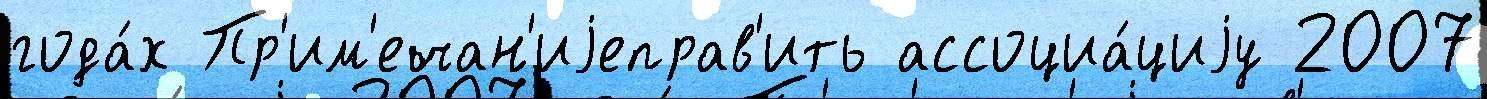
года́х Пр'им'ечан'иjеправ'ить ассоциа́циjу 2007